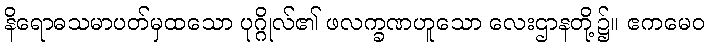
နိရောဓသမာပတ်မှထသော ပုဂ္ဂိုလ်၏ ဖလက္ခဏဟူသော လေးဌာနတို့၌။ ဧကမေဝ